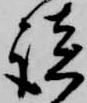
談